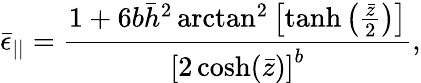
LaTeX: \bar{\epsilon}_{||}=\frac{1+6b\bar{h}^{2}\arctan^{2}\left[\operatorname{tanh}\left(\frac{\bar{z}}{2}\right)\right]}{\left[2\cosh(\bar{z})\right]^{b}},